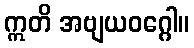
ဣတိ အဗျယဝဂ္ဂေါ။